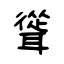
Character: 聳